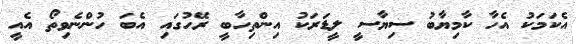
އެކަމަކު އެހާ ކާމިޔާބު ސިޔާސީ ލީޑަރަކު އިންތިހާބީ ރޭހުގައި އެބަ ހުންނެވިތޯ އެއީ